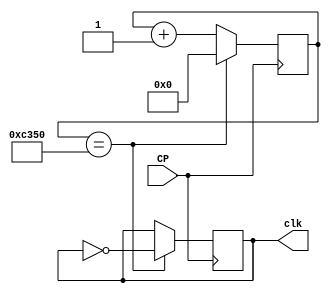
`timescale 1ns / 1ps
//////////////////////////////////////////////////////////////////////////////////
// Company: 
// Engineer: 
// 
// Design Name: 
// Module Name: Freq_Div_1000
// Project Name: 
// Target Devices: 
// Tool Versions: 
// Description: 
// 
// Dependencies: 
// 
// Revision:
// Revision 0.01 - File Created
// Additional Comments:
// 
//////////////////////////////////////////////////////////////////////////////////


module Fre_Div_1000(
	input CP,
    output reg clk
);
    parameter NT = 50_000;
    reg [31:0] count;
	always @ (posedge CP)  
	   begin            
            if(count == NT) 
                begin
                    clk <= ~clk;
                    count <= 0;
                end            
            else 
                count <= count + 1;
        end
endmodule